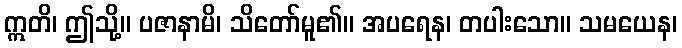
ဣတိ၊ ဤသို့။ ပဇာနာမိ၊ သိတော်မူ၏။ အပရေန၊ တပါးသော။ သမယေန၊